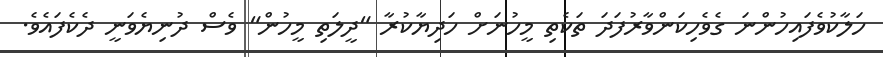
ހަލާކުވެފައިހުންނަ ގެވެހިކަންވާރުފަދަ ތަކެތި މީހުނަށް ހަދިޔާކުރާ "ދީލަތި މީހުން" ވެސް ދުނިޔެވަނީ ދެކެފައެވެ.